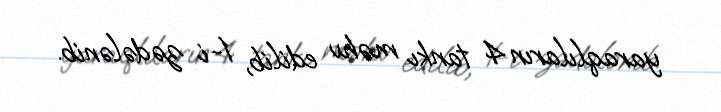
yaraqlıların 4 tankı məhv edilib, 1-i zədələnib.